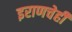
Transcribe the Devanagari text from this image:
इराणचेही